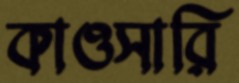
কাওসারি